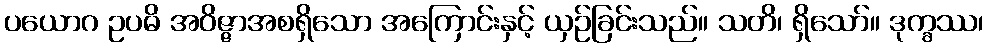
ပယောဂ ဥပဓိ အဝိဇ္ဇာအစရှိသော အကြောင်းနှင့် ယှဉ်ခြင်းသည်။ သတိ၊ ရှိသော်။ ဒုက္ခဿ၊